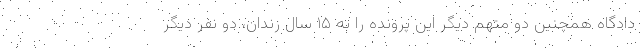
دادگاه همچنین دو متهم دیگر این پرونده را به ۱۵ سال زندان، دو نفر دیگر